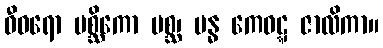
ဓီဝရော မစ္ဆိကော မစ္ဆ၊ ဗန္ဓ ကေဝဋ္ဋ ဇာလိကာ။